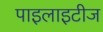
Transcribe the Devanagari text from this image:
पाइलाइटीज